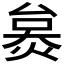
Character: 𤊜